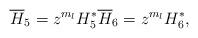
LaTeX: \begin{align*}\overline{H}_5=z^{m_l}H^*_5\overline{H}_6=z^{m_l}H^*_6,\end{align*}